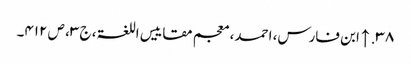
۳۸. ↑ ابن فارس، احمد، معجم مقاییس اللغۃ، ج ۳، ص ۴۱۲۔